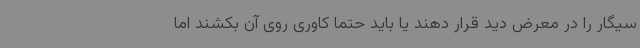
سیگار را در معرض دید قرار دهند یا باید حتماً کاوری روی آن بکشند اما